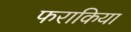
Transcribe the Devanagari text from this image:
फराकिया